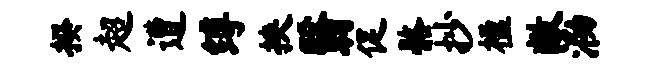
揆超遭缚挟翳促髂抄楹敝泐